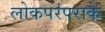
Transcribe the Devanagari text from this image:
लोकपरंपराके